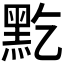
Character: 𪐜